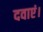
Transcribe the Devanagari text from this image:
दवाएं।